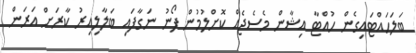
ބަލަހައްޓައިގެން ހުއްޓާ އިޝާން މެސެޖެއް ކޮށްލުމުން ފޯނު ނަގާފައި ބަލާލިއިރު ކާރަށް އަރަން